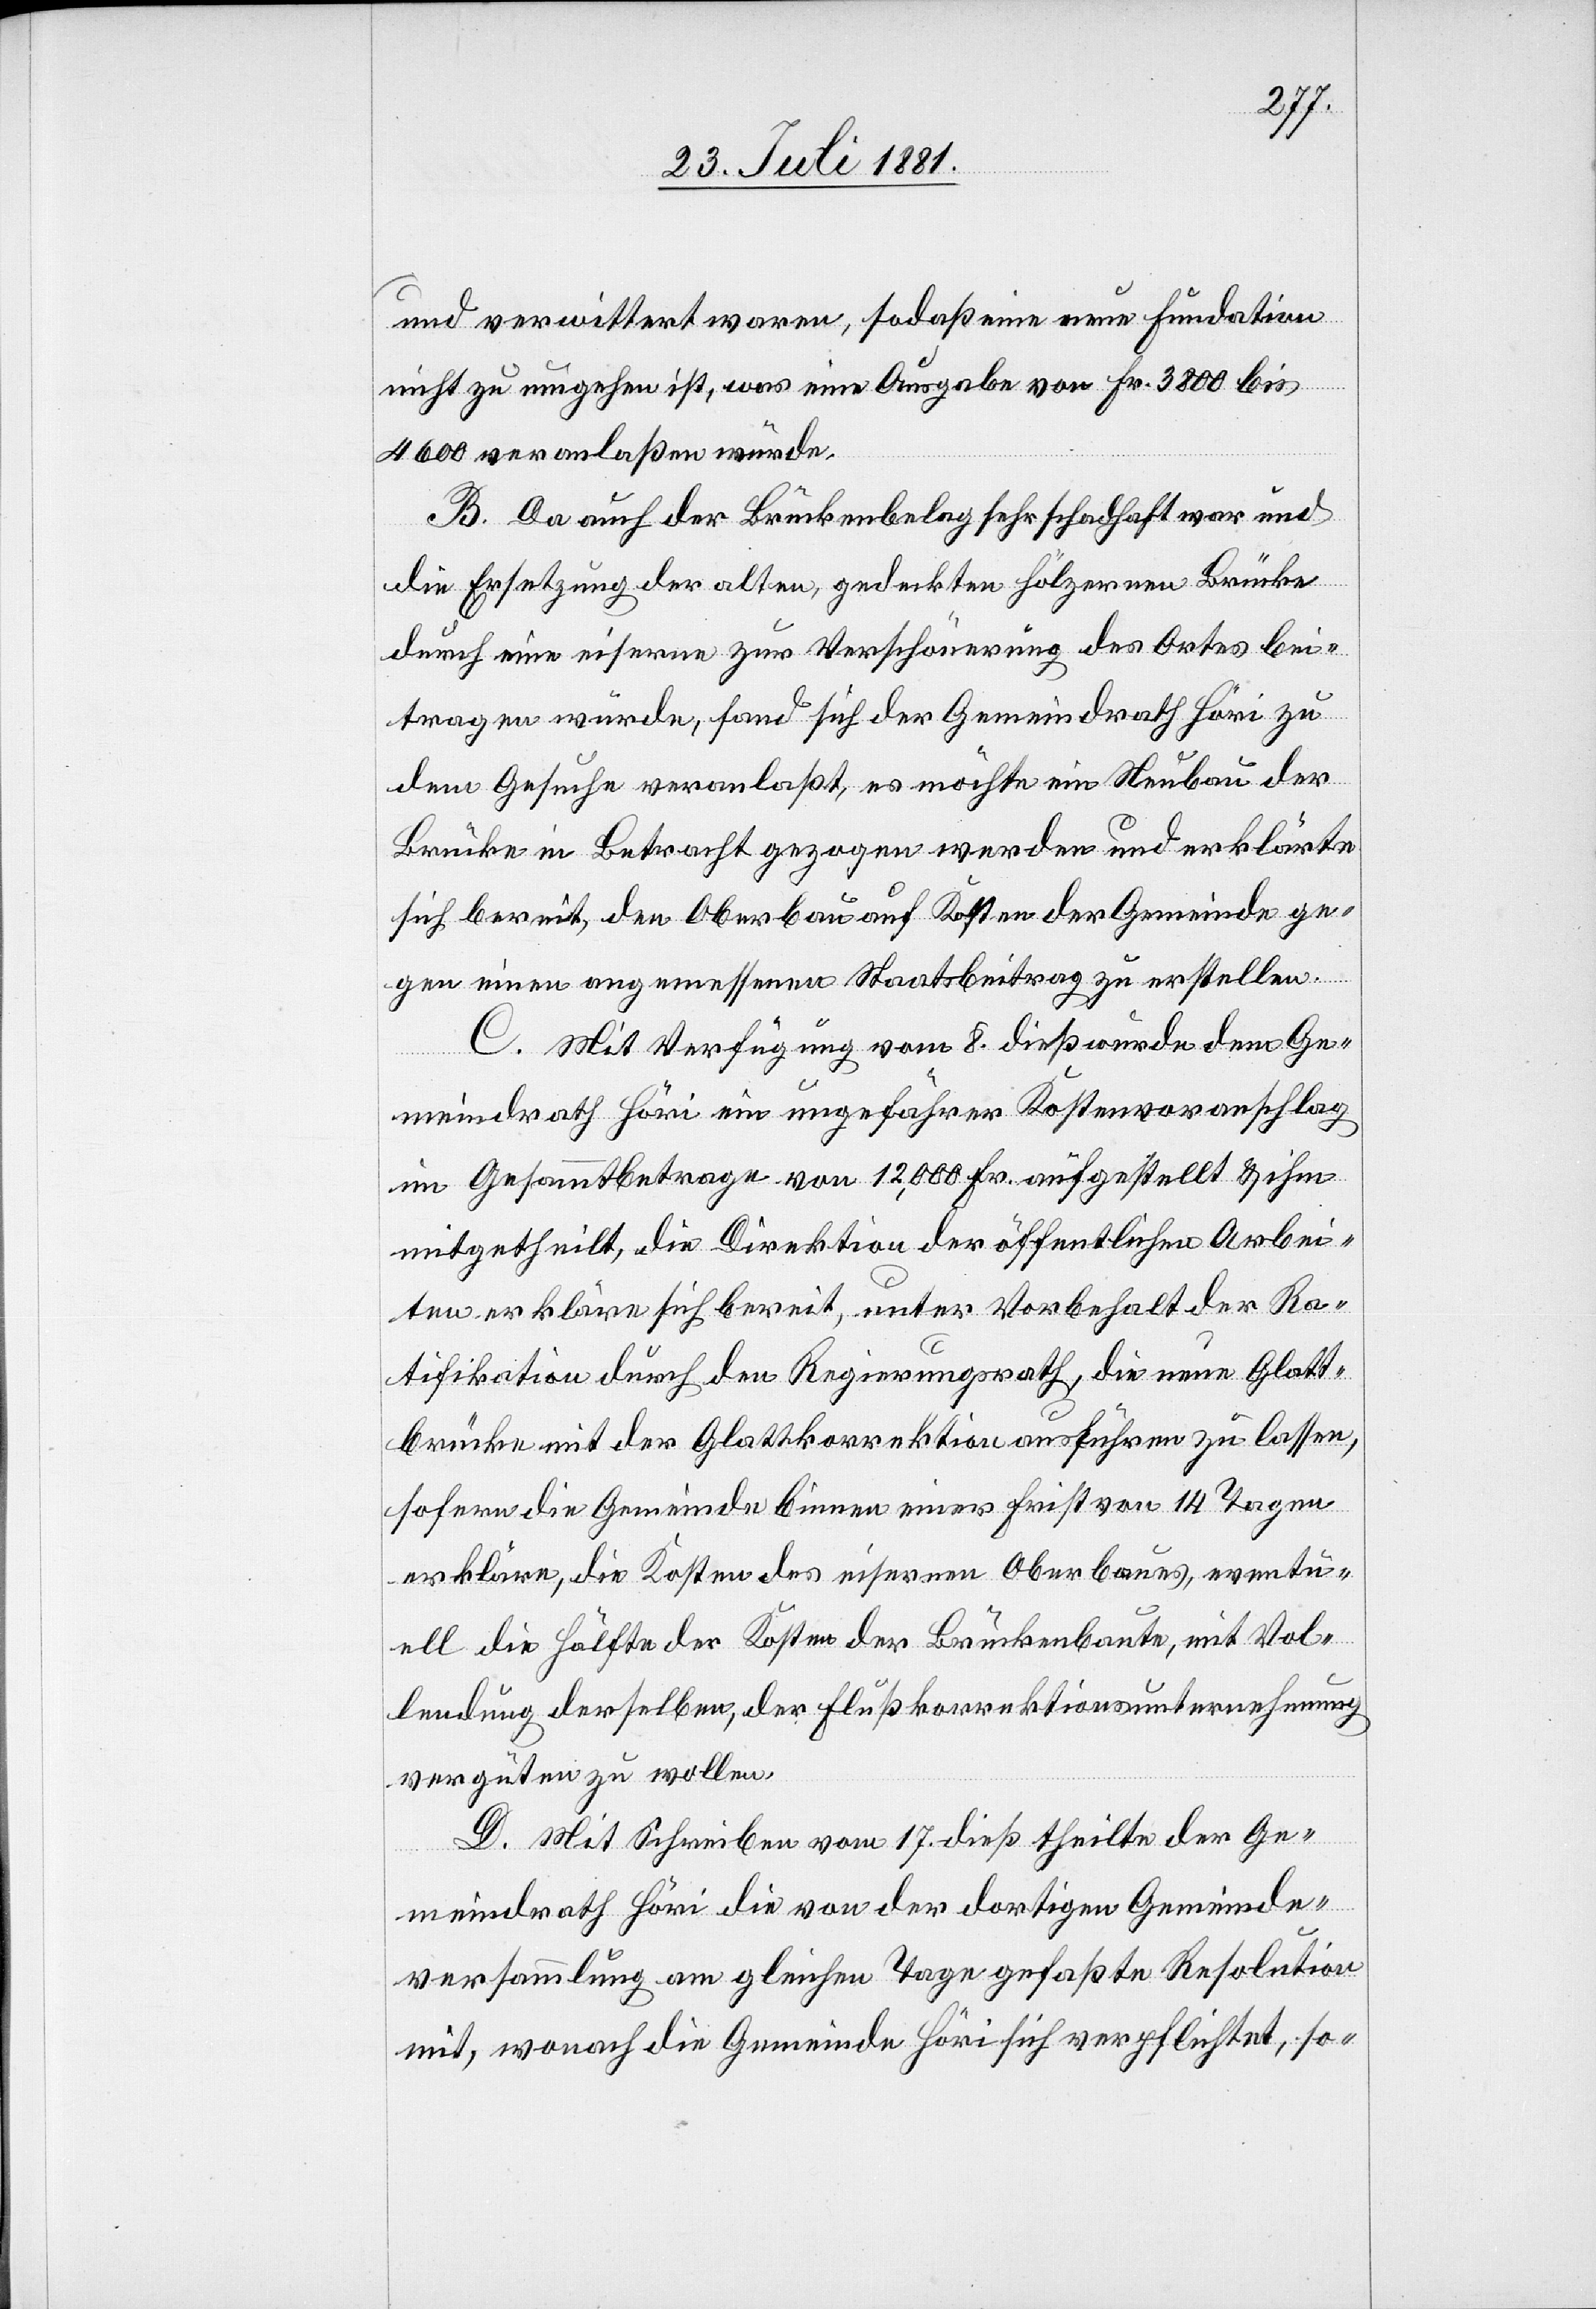
und verwittert waren, sodaß eine neue Fundation
nicht zu umgehen ist, was eine Ausgabe von Fr. 3800 bis
4600 veranlaßen würde.
B. Da auch der Brückenbelag sehr schadhaft war und
die Ersetzung der alten, gedeckten hölzernen Brücke
durch eine eiserne zur Verschönerung des Ortes bei¬
tragen würde, fand sich der Gemeindrath Höri zu
dem Gesuche veranlaßt, es möchte ein Neubau der
Brücke in Betracht gezogen werden und erklärte
sich bereit, den Oberbau auf Kosten der Gemeinde ge¬
gen einen angemessenen Staatsbeitrag zu erstellen.
C. Mit Verfügung vom 8. dieß wurde dem Ge¬
meindrath Höri ein ungefährer Kostenvoranschlag
im Gesammtbetrage von 12,000 Fr. aufgestellt & ihm
mitgetheilt, die Direktion der öffentlichen Arbei¬
ten erkläre sich bereit, unter Vorbehalt der Ra¬
tifikation durch den Regierungsrath, die neue Glatt¬
brücke mit der Glattkorrektion ausführen zu lassen,
sofern die Gemeinde binnen einer Frist von 14 Tagen
erkläre, die Kosten des eisernen Oberbaues, eventu¬
ell die Hälfte der Kosten der Brückenbaute, mit Vol¬
lendung derselben, der Flußkorrektionsunternehmung
vergüten zu wollen.
D. Mit Schreiben vom 17. dieß theilte der Ge¬
meindrath Höri die von der dortigen Gemeinde¬
versammlung am gleichen Tage gefaßte Resolution
mit, wonach die Gemeinde Höri sich verpflichtet, so-